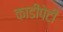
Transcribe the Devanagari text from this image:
काडीपेटी